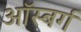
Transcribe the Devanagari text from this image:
ऑस्बर्ग